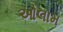
ઓલામ